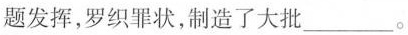
发挥，罗织罪状，制造了大批___。